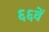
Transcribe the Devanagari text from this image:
६६वें